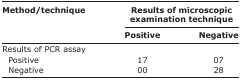
<table><thead><tr><td rowspan="3"><b>Method/technique</b></td><td colspan="2"><b>Results of microscopic examination technique</b></td></tr><tr><td><b>Positive</b></td><td><b>Negative</b></td></tr></thead><tbody><tr><td>Results of PCR assay</td><td></td><td></td></tr><tr><td> Positive</td><td>17</td><td>07</td></tr><tr><td> Negative</td><td>00</td><td>28</td></tr></tbody></table>